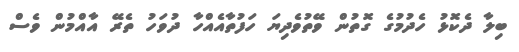
ބިލާ ދެކޮޅު ހެދުމުގެ ގޮތުން ވޭތުވެދިޔަ ހަފުތާއެއްހާ ދުވަހު ތެރޭ އާއްމުން ވެސް